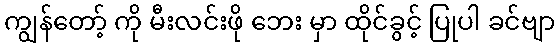
ကျွန်တော့် ကို မီးလင်းဖို ဘေး မှာ ထိုင်ခွင့် ပြုပါ ခင်ဗျာ